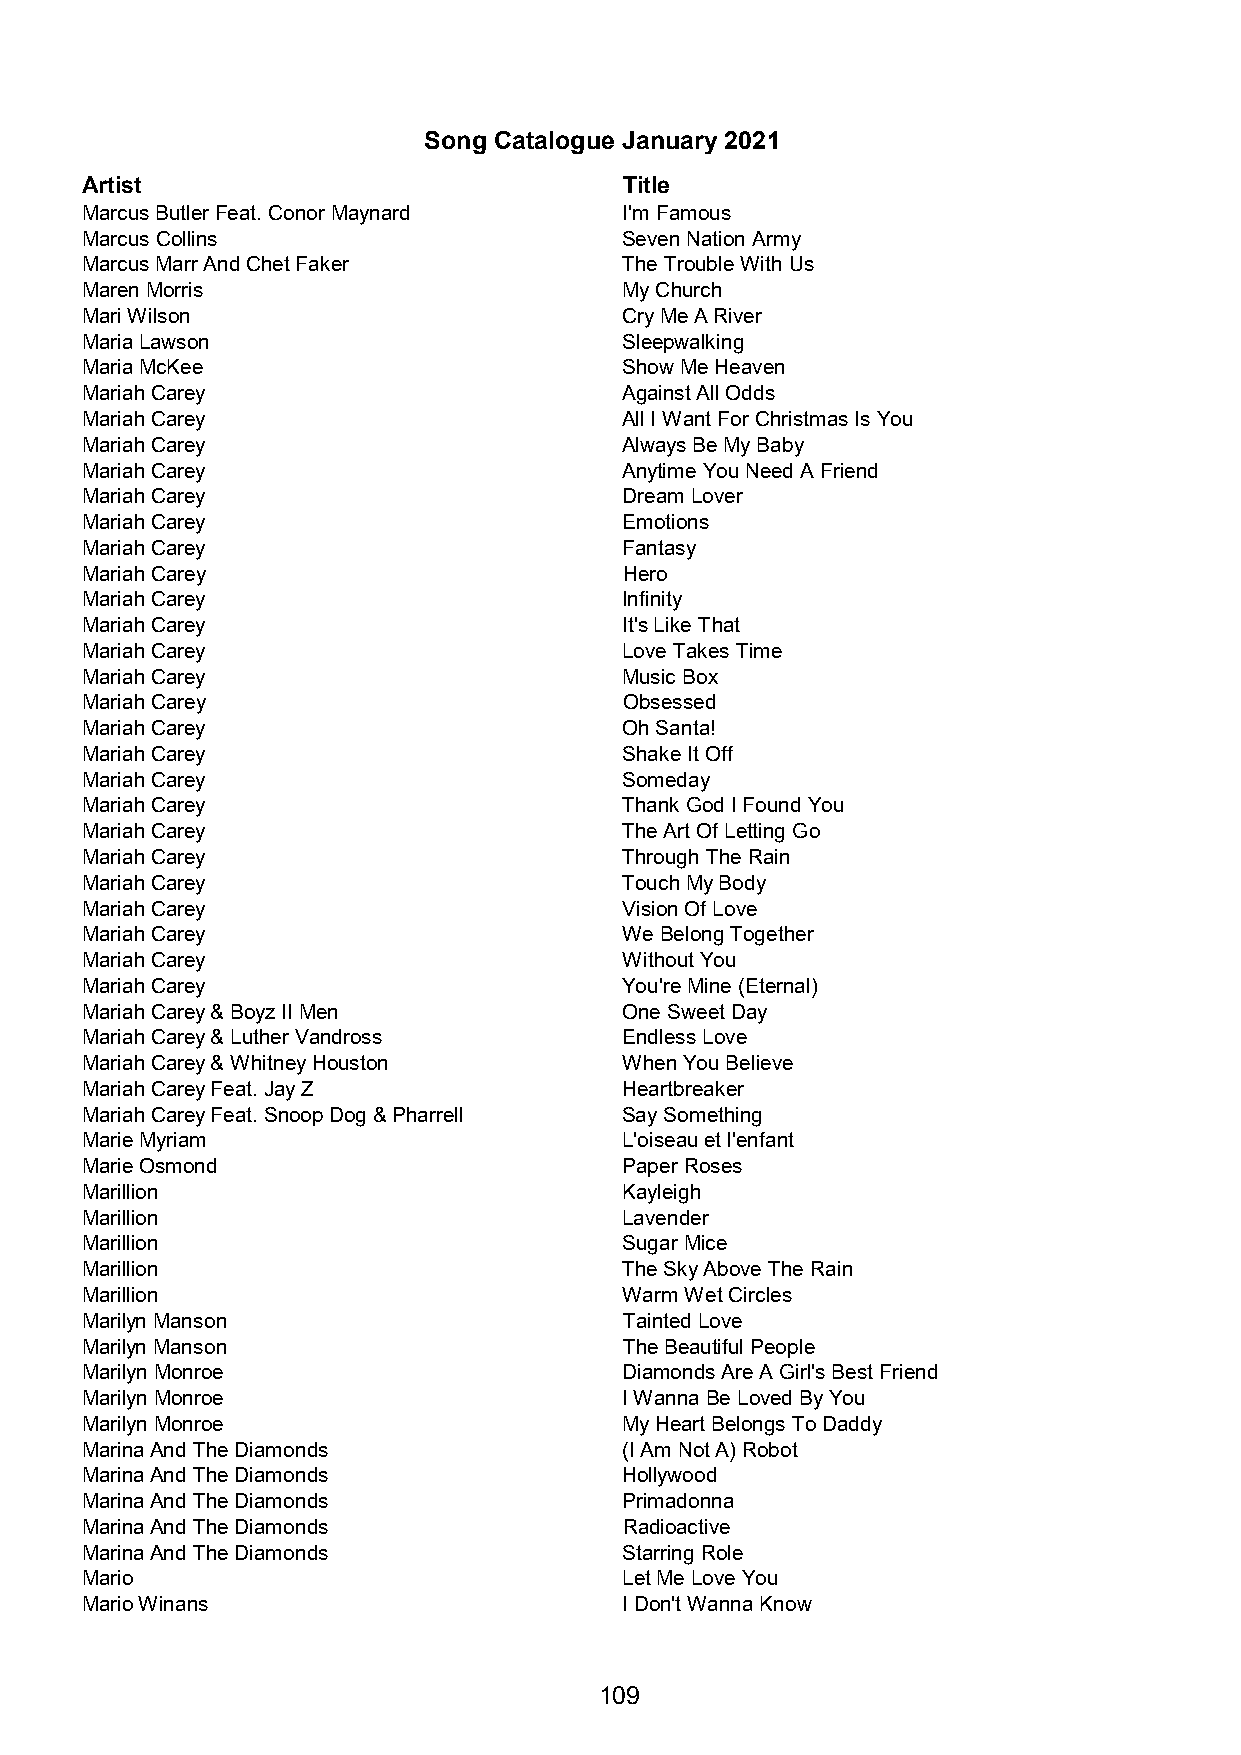
Song Catalogue January 2021
 Artist                              Title
 Marcus Butler Feat. Conor Maynard   I'm Famous
 Marcus Collins                      Seven Nation Army
 Marcus Marr And Chet Faker          The Trouble With Us
 Maren Morris                        My Church
 Mari Wilson                         Cry Me A River
 Maria Lawson                        Sleepwalking
 Maria McKee                         Show Me Heaven
 Mariah Carey                        Against All Odds
 Mariah Carey                        All I Want For Christmas Is You
 Mariah Carey                        Always Be My Baby
 Mariah Carey                        Anytime You Need A Friend
 Mariah Carey                        Dream Lover
 Mariah Carey                        Emotions
 Mariah Carey                        Fantasy
 Mariah Carey                        Hero
 Mariah Carey                        Infinity
 Mariah Carey                        It's Like That
 Mariah Carey                        Love Takes Time
 Mariah Carey                        Music Box
 Mariah Carey                        Obsessed
 Mariah Carey                        Oh Santa!
 Mariah Carey                        Shake It Off
 Mariah Carey                        Someday
 Mariah Carey                        Thank God I Found You
 Mariah Carey                        The Art Of Letting Go
 Mariah Carey                        Through The Rain
 Mariah Carey                        Touch My Body
 Mariah Carey                        Vision Of Love
 Mariah Carey                        We Belong Together
 Mariah Carey                        Without You
 Mariah Carey                        You're Mine (Eternal)
 Mariah Carey & Boyz II Men          One Sweet Day
 Mariah Carey & Luther Vandross      Endless Love
 Mariah Carey & Whitney Houston      When You Believe
 Mariah Carey Feat. Jay Z            Heartbreaker
 Mariah Carey Feat. Snoop Dog & Pharrell Say Something
 Marie Myriam                        L'oiseau et l'enfant
 Marie Osmond                        Paper Roses
 Marillion                           Kayleigh
 Marillion                           Lavender
 Marillion                           Sugar Mice
 Marillion                           The Sky Above The Rain
 Marillion                           Warm Wet Circles
 Marilyn Manson                      Tainted Love
 Marilyn Manson                      The Beautiful People
 Marilyn Monroe                      Diamonds Are A Girl's Best Friend
 Marilyn Monroe                      I Wanna Be Loved By You
 Marilyn Monroe                      My Heart Belongs To Daddy
 Marina And The Diamonds             (I Am Not A) Robot
 Marina And The Diamonds             Hollywood
 Marina And The Diamonds             Primadonna
 Marina And The Diamonds             Radioactive
 Marina And The Diamonds             Starring Role
 Mario                               Let Me Love You
 Mario Winans                        I Don't Wanna Know
 109